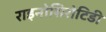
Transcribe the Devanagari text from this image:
राइनोसिरोटिडी